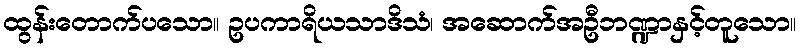
ထွန်းတောက်ပသော။ ဥပကာရိယသာဒိသံ၊ အဆောက်အဦဘဏ္ဍာနှင့်တူသော။